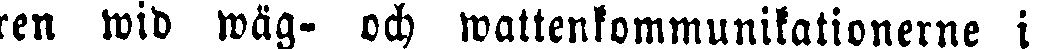
ren wid wäg- och wattenkommunikationerne i